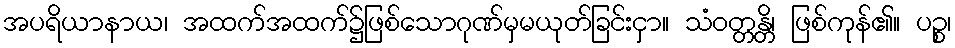
အပရိယာနာယ၊ အထက်အထက်၌ဖြစ်သောဂုဏ်မှမယုတ်ခြင်းငှာ။ သံဝတ္တန္တိ၊ ဖြစ်ကုန်၏။ ပဉ္စ၊